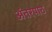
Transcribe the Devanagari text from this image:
अंतरपाठ